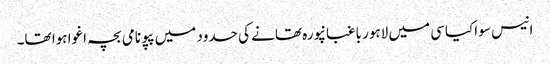
انیس سو اکیاسی میں لاہور باغبانپورہ تھانے کی حدود میں پپو نامی بچہ اغوا ہوا تھا۔